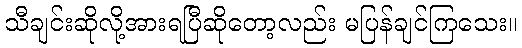
သီချင်းဆိုလို့အားရပြီဆိုတော့လည်း မပြန်ချင်ကြသေး။